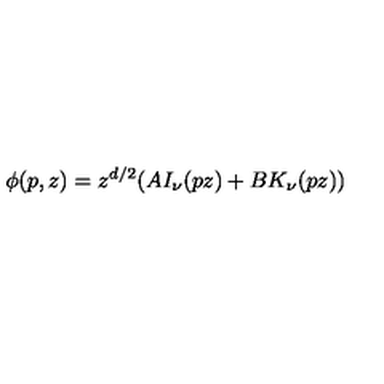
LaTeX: \phi ( p , z ) = z ^ { d / 2 } ( A I _ { \nu } ( p z ) + B K _ { \nu } ( p z ) )